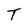
Character: T